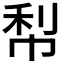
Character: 𭘢